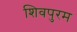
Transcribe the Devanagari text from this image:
शिवपुरम